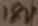
Text: 18V